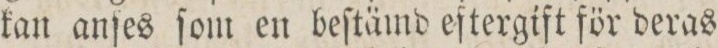
kan anſes ſom en beſtämd eftergift för deras